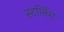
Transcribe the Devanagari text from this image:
स्टर्लिंग